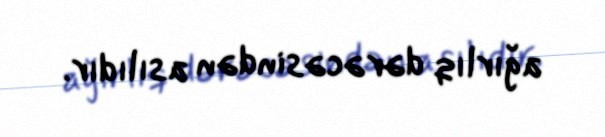
ağırlıq dərəcəsindən asılıdır.